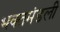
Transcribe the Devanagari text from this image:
भक्तमंडली